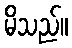
မိသည်။